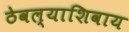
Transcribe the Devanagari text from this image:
ठेवल्याशिवाय